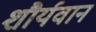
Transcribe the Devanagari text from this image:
शौर्यवान